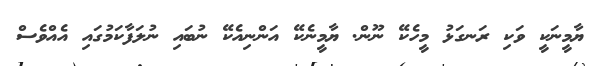
ޔާމީނަކީ ވަކި ރަނގަޅު މީހެކޭ ނޫން. ޔާމީނެކޭ އަންނިއެކޭ ނުބައި ނުލަފާކަމުގައި އެއްވެސް